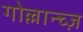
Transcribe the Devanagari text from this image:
गोल्लान्च्ज़